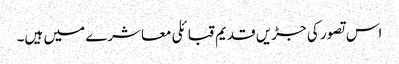
اس تصور کی جڑیں قدیم قبائلی معاشرے میں ہیں۔